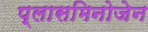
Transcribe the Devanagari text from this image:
प्लासमिनोजेन